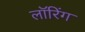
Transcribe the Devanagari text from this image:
लॉरिंग